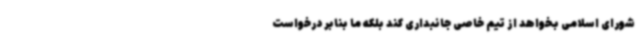
شورای اسلامی بخواهد از تیم خاصی جانبداری کند بلکه ما بنابر درخواست